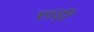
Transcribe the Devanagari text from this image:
छ्ड़ी